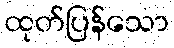
ထုတ်ပြန်သော